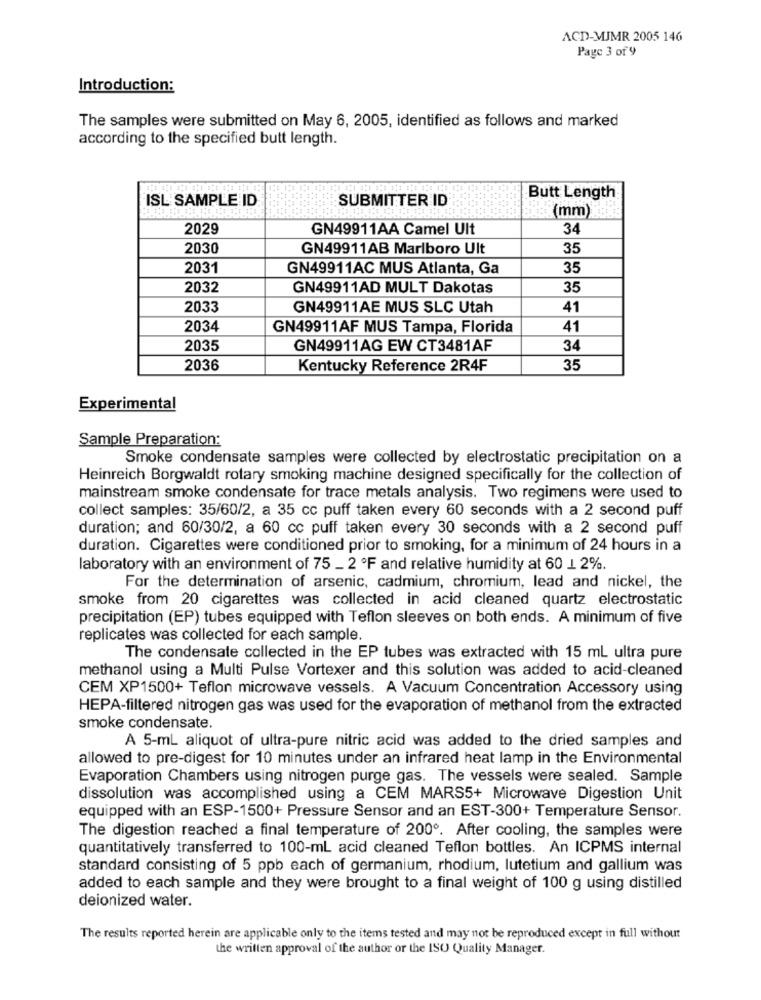
ACD-MJMR 2005 146
Page 3 of 9
Introduction:
The samples were submitted on May 6, 2005, identified as follows and marked
according to the specified butt length.
ISL SAMPLE ID
SUBMITTER ID
Butt Length
(mm)
2029
GN49911AA Camel Ult
34
2030
GN49911AB Marlboro Ult
35
2031
GN49911AC MUS Atlanta, Ga
35
2032
GN49911AD MULT Dakotas
35
2033
GN49911AE MUS SLC Utah
41
2034
GN49911AF MUS Tampa, Florida
41
2035
GN49911AG EW CT3481AF
34
2036
Kentucky Reference 2R4F
35
Experimental
Sample Preparation:
Smoke condensate samples were collected by electrostatic precipitation on a
Heinreich Borgwaldt rotary smoking machine designed specifically for the collection of
mainstream smoke condensate for trace metals analysis. Two regimens were used to
collect samples: 35/60/2, a 35 cc puff taken every 60 seconds with a 2 second puff
duration; and 60/30/2, a 60 cc puff taken every 30 seconds with a 2 second puff
duration. Cigarettes were conditioned prior to smoking, for a minimum of 24 hours in a
laboratory with an environment of 75 _ 2 ºF and relative humidity at 60 1 2%.
For the determination of arsenic, cadmium, chromium, lead and nickel, the
smoke from 20 cigarettes was collected in acid cleaned quartz electrostatic
precipitation (EP) tubes equipped with Teflon sleeves on both ends. A minimum of five
replicates was collected for each sample.
The condensate collected in the EP tubes was extracted with 15 mL ultra pure
methanol using a Multi Pulse Vortexer and this solution was added to acid-cleaned
CEM XP1500+ Teflon microwave vessels. A Vacuum Concentration Accessory using
HEPA-filtered nitrogen gas was used for the evaporation of methanol from the extracted
smoke condensate.
A 5-mL aliquot of ultra-pure nitric acid was added to the dried samples and
allowed to pre-digest for 10 minutes under an infrared heat lamp in the Environmental
Evaporation Chambers using nitrogen purge gas. The vessels were sealed. Sample
dissolution was accomplished using a CEM MARS5+ Microwave Digestion Unit
equipped with an ESP-1500+ Pressure Sensor and an EST-300+ Temperature Sensor.
The digestion reached a final temperature of 200º. After cooling, the samples were
quantitatively transferred to 100-mL acid cleaned Teflon bottles. An ICPMS internal
standard consisting of 5 ppb each of germanium, rhodium, lutetium and gallium was
added to each sample and they were brought to a final weight of 100 g using distilled
deionized water.
The results reported herein are applicable only to the items tested and may not be reproduced except in full without
the written approval of the author or the ISO Quality Manager.